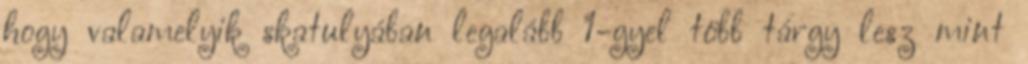
hogy valamelyik skatulyában legalább 1-gyel több tárgy lesz mint